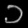
Digit: ၁